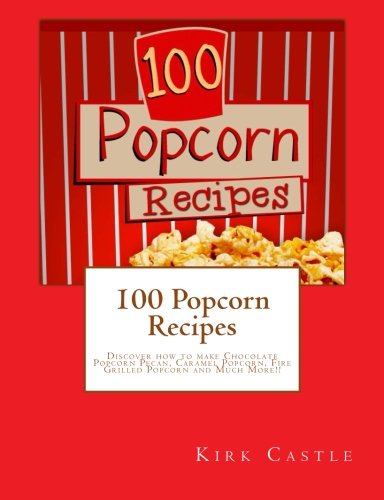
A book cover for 100 Popcorn Recipes: Discover how to make Chocolate Popcorn Pecan, Caramel Popcorn, Fire Grilled Popcorn and Much More!!; Kirk Castle; Cookbooks, Food & Wine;